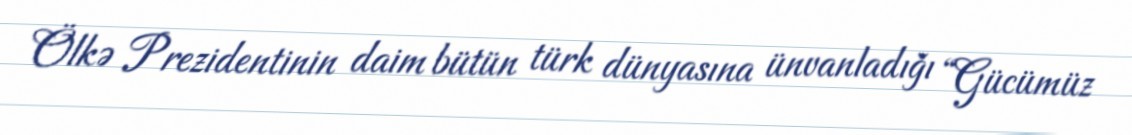
Ölkə Prezidentinin daim bütün türk dünyasına ünvanladığı “Gücümüz